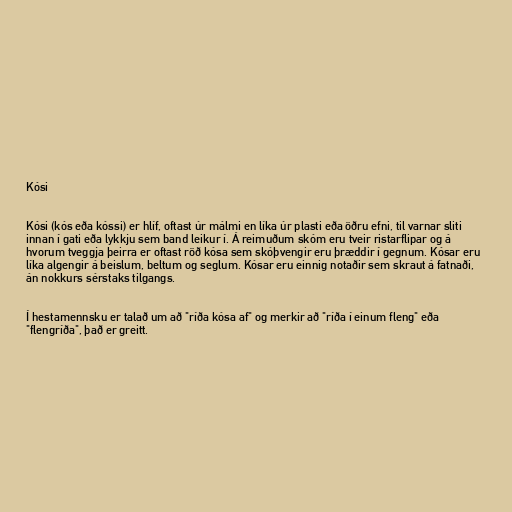
Kósi

Kósi (kós eða kóssi) er hlíf, oftast úr málmi en líka úr plasti eða öðru efni, til varnar sliti
innan í gati eða lykkju sem band leikur í. Á reimuðum skóm eru tveir ristarflipar og á
hvorum tveggja þeirra er oftast röð kósa sem skóþvengir eru þræddir í gegnum. Kósar eru
líka algengir á beislum, beltum og seglum. Kósar eru einnig notaðir sem skraut á fatnaði,
án nokkurs sérstaks tilgangs.

Í hestamennsku er talað um að "ríða kósa af" og merkir að "ríða í einum fleng" eða
"flengríða", það er greitt.